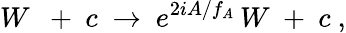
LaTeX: W\ \ +\ c\ \rightarrow\ e^{2iA/f_{A}}\, W\ +\ c\ ,